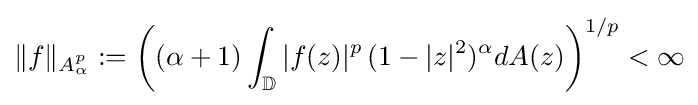
\|f\|_{A_{\alpha }^{p}}:=\left((\alpha +1)\int _{\mathbb {D} }|f(z)|^{p}\,(1-|z|^{2})^{\alpha }dA(z)\right)^{1/p}<\infty